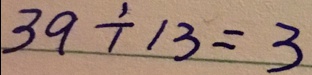
3 9 \div 3 = 3